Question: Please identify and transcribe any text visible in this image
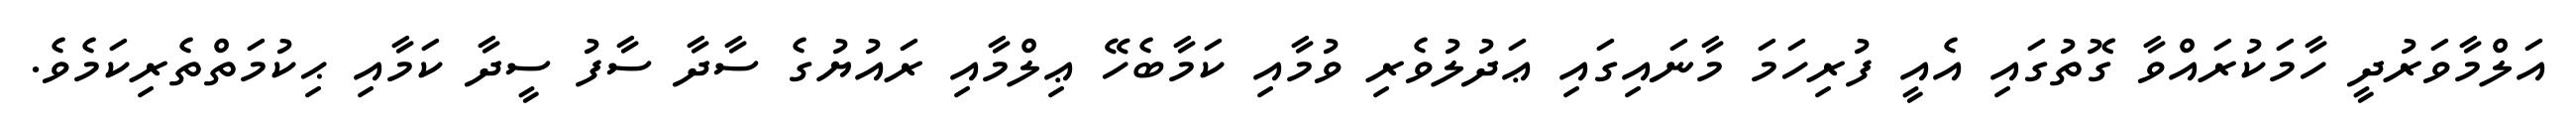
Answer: އަލްމާވަރުދީ ހާމަކުރައްވާ ގޮތުގައި އެއީ ފުރިހަމަ މާނައިގައި ޢަދުލުވެރި ވުމާއި ކަމާބެހޭ ޢިލްމާއި ރައުޔުގެ ސާދާ ސާފު ސީދާ ކަމާއި ޙިކުމަތްތެރިކަމެވެ.